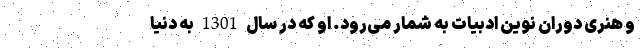
و هنری دوران نوین ادبیات به شمار می‌رود. او که در سال 1301 به دنیا